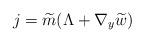
LaTeX: \begin{align*}j=\widetilde{m} (\Lambda+\nabla_y\widetilde{w} )\end{align*}